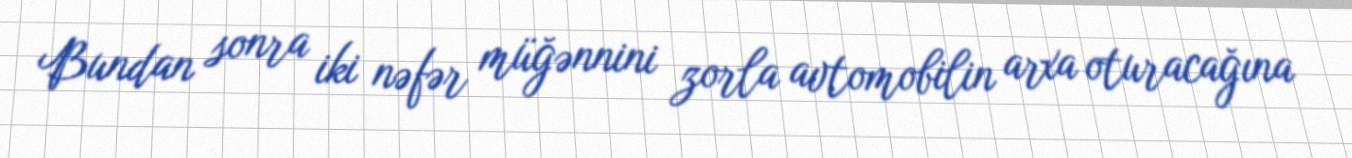
Bundan sonra iki nəfər müğənnini zorla avtomobilin arxa oturacağına